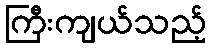
ကြီးကျယ်သည့်